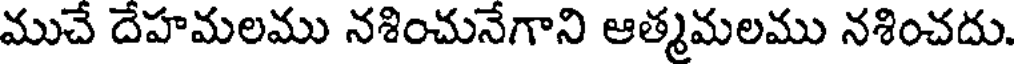
ముచే దేహమలము నశించునేగాని ఆత్మమలము నశించదు.